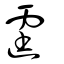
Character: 霆